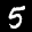
Label: 5